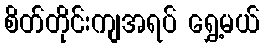
စိတ်တိုင်းကျအရပ် ရွှေ့မယ်